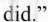
did."